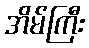
အိမ်ကြီး